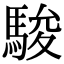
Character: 駿